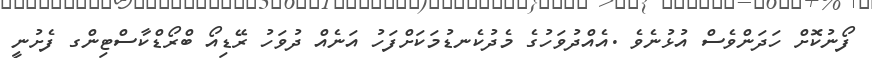
ފޯނުކޮށް ހަދަންވެސް އުޅުނެވެ .އެއްދުވަހުގެ މެދުކެނޑުމަކަށްފަހު އަނެއް ދުވަހު ރޭޑިއޯ ބްރޯޑްކާސްޓިންގ ފެށުނީ